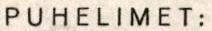
PUHELIMET: